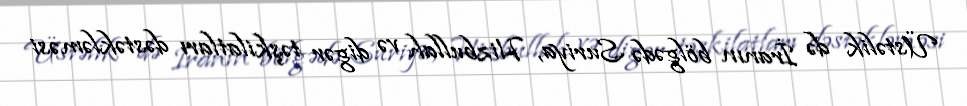
Üstəlik də İranın bölgədə Suriya, Hizbullah və digər təşkilatları dəstəkləməsi